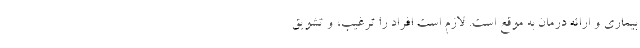
بیماری و ارائه درمان به موقع است. لازم است افراد را ترغیب، و تشویق